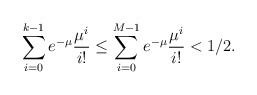
\begin{align*}\sum_{i=0}^{k-1} e^{-\mu} \frac{\mu^i}{i!}\le \sum_{i=0}^{M-1} e^{-\mu} \frac{\mu^i}{i!}<1/2. \end{align*}